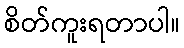
စိတ်ကူးရတာပါ။